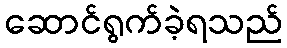
ဆောင်ရွက်ခဲ့ရသည်